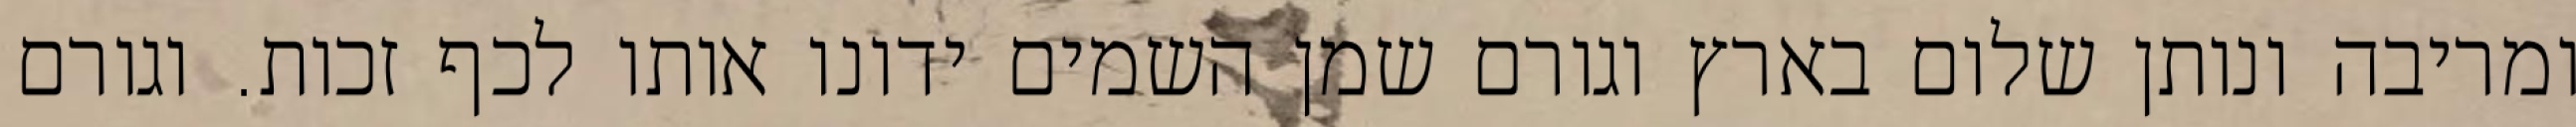
ומריבה ונותן שלום בארץ וגורם שמן השמים ידונו אותו לכף זכות. וגורם